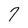
Character: 7